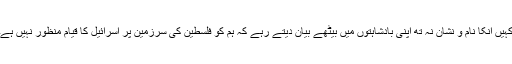
کہیں انکا نام و نشان نہ تھ اپنی بادشاہتوں میں بیٹھے بیان دیتے رہے کہ ہم کو فلسطین کی سرزمین پر اسرائیل کا قیام منظور نہیں ہے۔